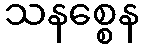
သနစ္စေန